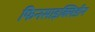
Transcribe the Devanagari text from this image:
फिनसाइक्लिडीन